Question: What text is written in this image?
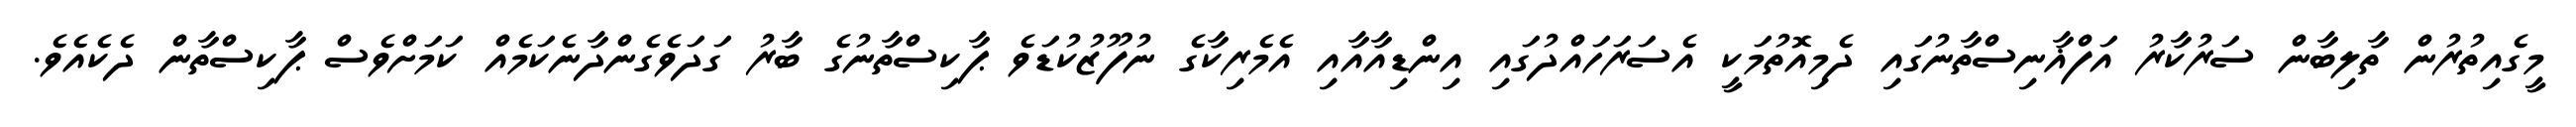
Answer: މީގެއިތުރުން ތާލިބާން ސަރުކާރު އަފްޣާނިސްތާނުގައި ދެމިއޮތުމަކީ އެސަރަހައްދުގައި އިންޑިއާއާއި އެމެރިކާގެ ނުފޫޒުކުޑަވެ ޕާކިސްތާނުގެ ބާރު ގަދަވެގެންދާނެކަމެއް ކަމަށްވެސް ޕާކިސްތާން ދެކެއެވެ.